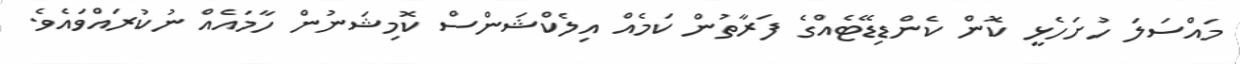
މައްސަލަ ހުށަހެޅީ ކޮން ކެންޑިޑޭޓެއްގެ ފަރާތުން ކަމެއް އިލެކްޝަންސް ކޮމިޝަނުން ހާމައެއް ނުކުރައްވައެވެ.